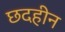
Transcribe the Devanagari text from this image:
छदहीन